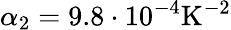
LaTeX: \alpha_{2}=9.8\cdot 10^{-4}\mathrm{K}^{-2}